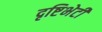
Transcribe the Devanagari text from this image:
दृष्टिभेटी